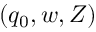
( q _ { 0 } , w , Z )